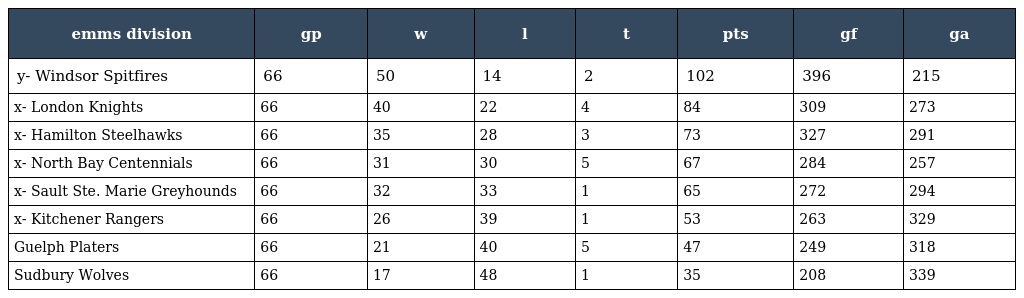
| emms division | gp | w | l | t | pts | gf | ga |
 | --- | --- | --- | --- | --- | --- | --- | --- |
 | y- Windsor Spitfires | 66 | 50 | 14 | 2 | 102 | 396 | 215 |
 | x- London Knights | 66 | 40 | 22 | 4 | 84 | 309 | 273 |
 | x- Hamilton Steelhawks | 66 | 35 | 28 | 3 | 73 | 327 | 291 |
 | x- North Bay Centennials | 66 | 31 | 30 | 5 | 67 | 284 | 257 |
 | x- Sault Ste. Marie Greyhounds | 66 | 32 | 33 | 1 | 65 | 272 | 294 |
 | x- Kitchener Rangers | 66 | 26 | 39 | 1 | 53 | 263 | 329 |
 | Guelph Platers | 66 | 21 | 40 | 5 | 47 | 249 | 318 |
 | Sudbury Wolves | 66 | 17 | 48 | 1 | 35 | 208 | 339 |